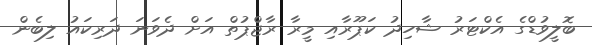
ބޮލީވުޑްގެ އެކްޓަރު ޝާހިދު ކަޕޫރާއި މީރާ ރާޖްޕުތް އަށް ދެވަނަ ދަރިކައު ލިބެން